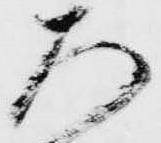
ち